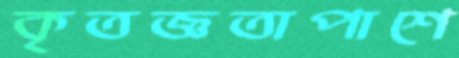
কৃতজ্ঞতাপাশে